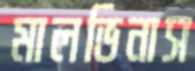
মালভিনাস